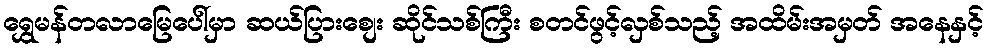
ရွှေမန်တလာမြေပေါ်မှာ ဆယ်ပြားစျေး ဆိုင်သစ်ကြီး စတင်ဖွင့်လှစ်သည့် အထိမ်းအမှတ် အနေနှင့်